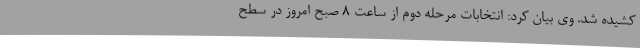
کشیده شد. وی بیان کرد: انتخابات مرحله دوم از ساعت 8 صبح امروز در سطح